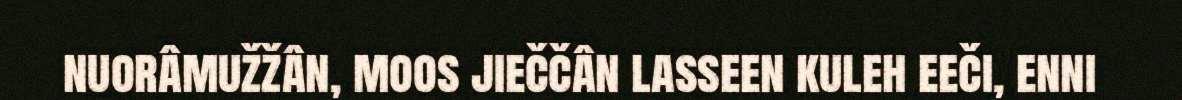
nuorâmužžân, moos jieččân lasseen kuleh eeči, enni